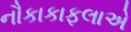
નૌકાકાફલાએ